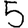
Digit: 5